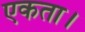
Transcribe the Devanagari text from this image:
एकता।